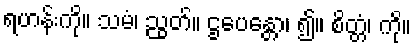
ရဟန်းကို။ သမံ၊ ညွတ်။ ဌပေန္တော၊ ၍။ စိတ္တံ၊ ကို။